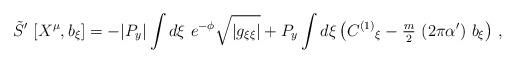
LaTeX: \begin{align*}\tilde{S}^{\prime}\ [X^{\mu},b_{\xi}] =-|P_{y}| \int d\xi\ e^{-\phi} \sqrt{|g_{\xi\xi}|} +P_{y}\int d\xi \left(C^{(1)}{}_{\xi} -{\textstyle\frac{m}{2}}\ (2\pi\alpha^{\prime})\ b_{\xi}\right) \, ,\end{align*}